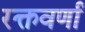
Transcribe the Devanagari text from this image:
रक्तवर्णां